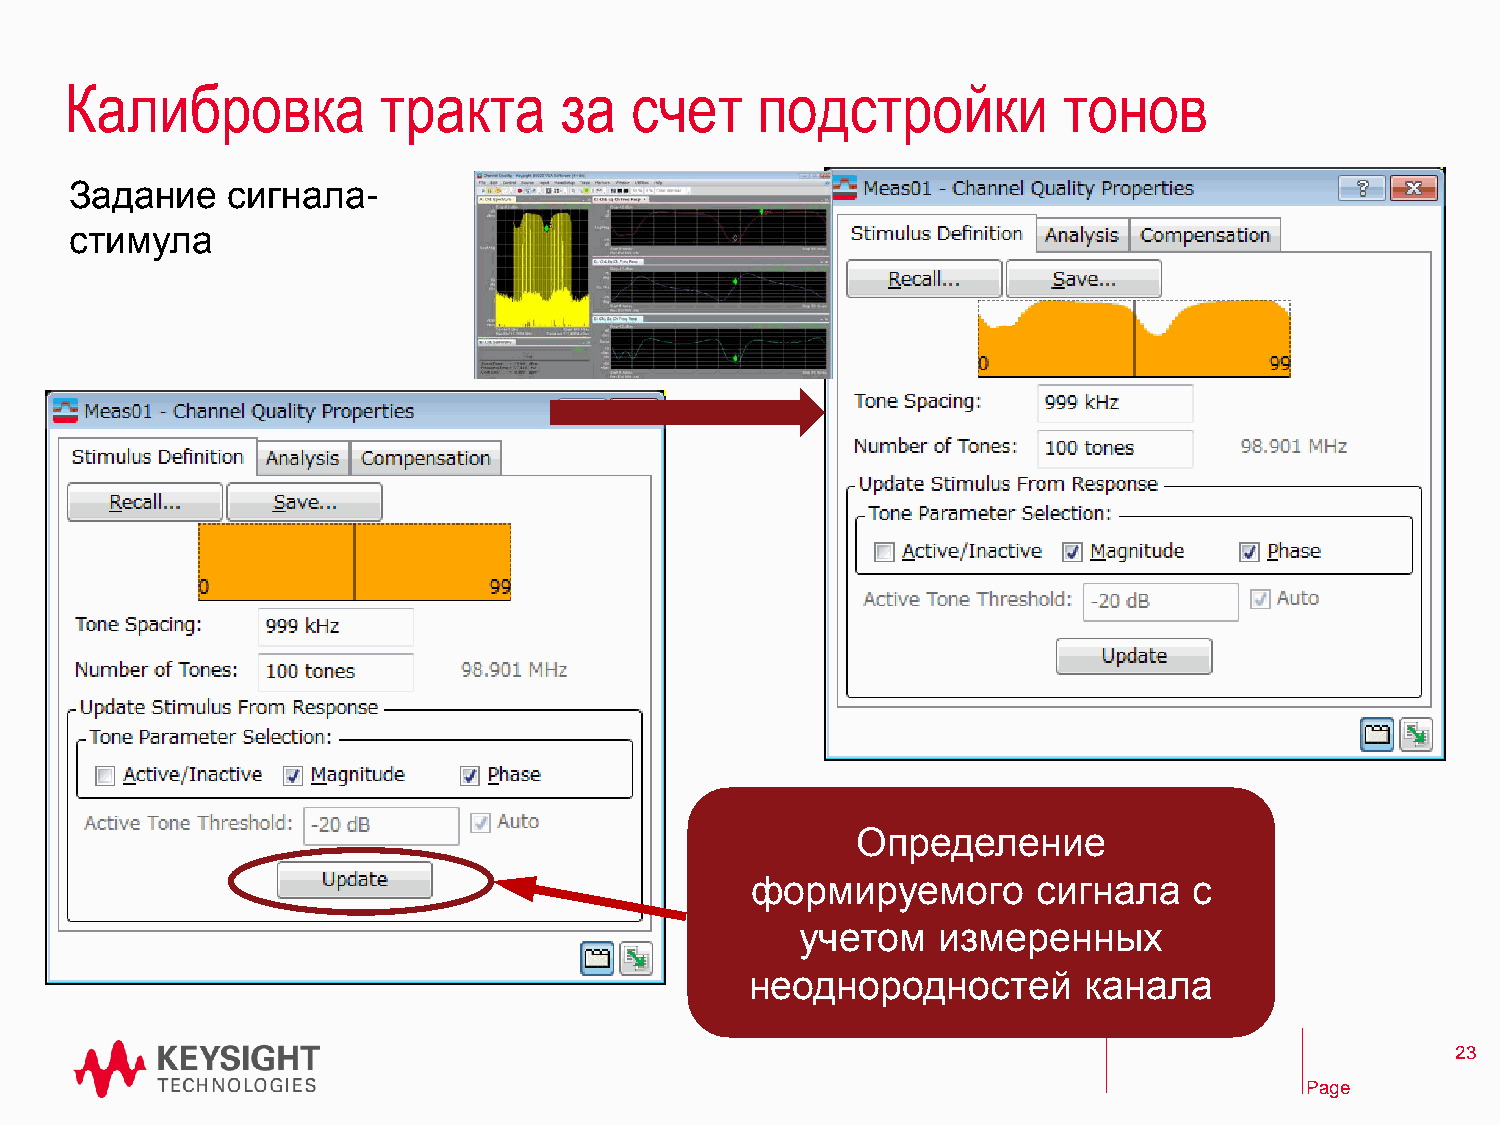
Калибровка           тракта      за   счет    подстройки          тонов
 Задание   сигнала-
 стимула
 Определение
 формируемого       сигнала   с
 учетом   измеренных
 неоднородностей       канала
 23
 Page